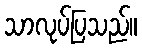
သာလုပ်ပြသည်။